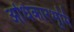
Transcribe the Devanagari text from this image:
अधिकारभूमि